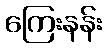
ကြေးနန်း